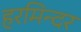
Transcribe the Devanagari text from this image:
हरमिन्दर